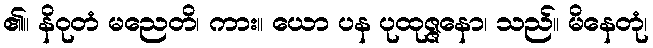
၏။ နိဝုတံ မညေတိ၊ ကား။ ယော ပန ပုထုဇ္ဇနော၊ သည်။ မိနေတုံ၊